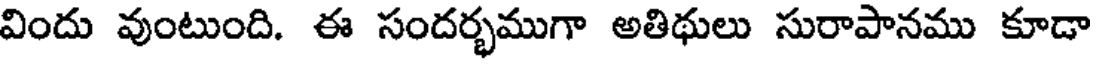
విందు వుంటుంది. ఈ సందర్భముగా అతిథులు సురాపానము కూడా